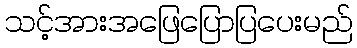
သင့်အားအဖြေပြောပြပေးမည်